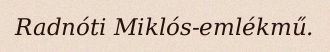
Radnóti Miklós-emlékmű.